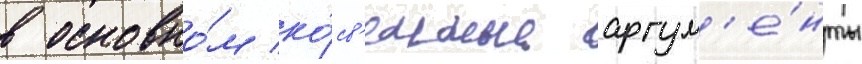
в основно́м ко́св'енные аргум'е́нты